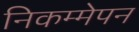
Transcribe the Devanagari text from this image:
निकम्मेपन